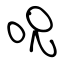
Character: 呪